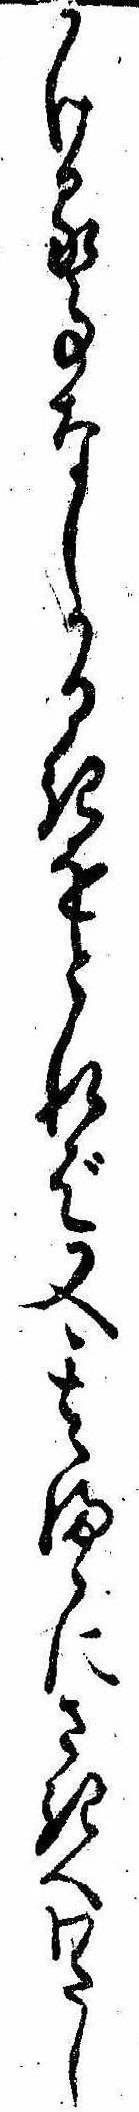
かける事なしかるきをとれば又其まゝにさきへわたし